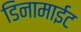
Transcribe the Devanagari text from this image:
डिनामाईट